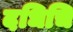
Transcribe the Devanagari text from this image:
दधिचि